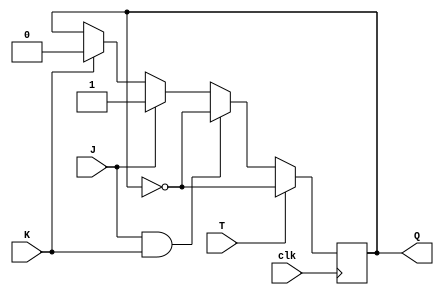
module tjk_flipflop(
    input clk, 
    input T, 
    input J, 
    input K, 
    output reg Q
);

reg Q_bar;

always @(posedge clk) begin
    if(T) begin
        Q <= ~Q;
    end else if(J && K) begin
        Q <= ~Q;
    end else if(J) begin
        Q <= 1'b1;
    end else if(K) begin
        Q <= 1'b0;
    end
end

endmodule